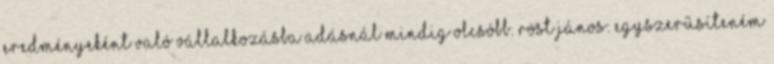
eredményeként való vállalkozásba adásnál mindig olcsóbb. Röst János: Egyszerűsíteném